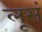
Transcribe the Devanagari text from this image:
लूसं